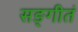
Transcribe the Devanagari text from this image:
सङ्गीतं